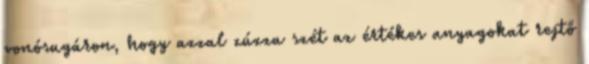
vonósugáron, hogy azzal zúzza szét az értékes anyagokat rejtő